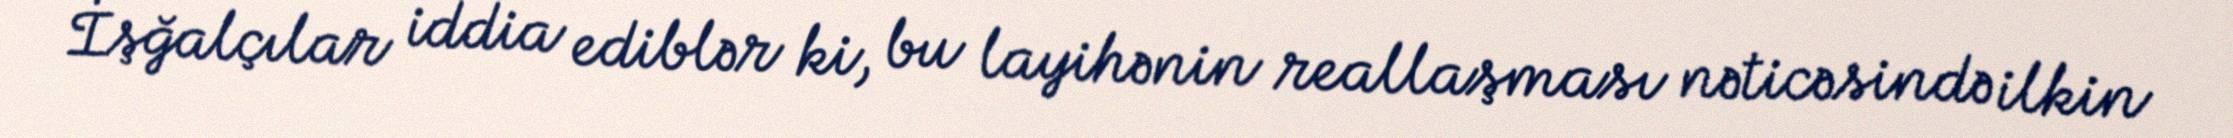
İşğalçılar iddia ediblər ki, bu layihənin reallaşması nəticəsində ilkin